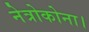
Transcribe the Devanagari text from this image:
नेत्रोकोना।